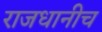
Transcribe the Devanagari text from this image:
राजधानीच